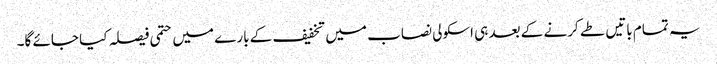
یہ تمام باتیں طے کرنے کے بعد ہی اسکولی نصاب میں تخفیف کے بارے میں حتمی فیصلہ کیا جائے گا۔